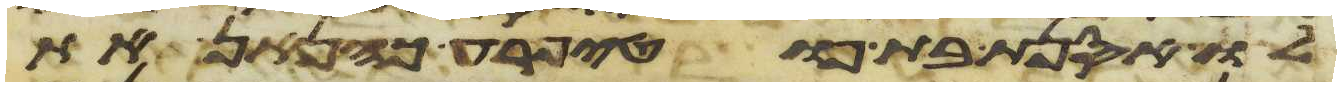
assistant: לו אסנת בת פוטיפרע כהנאן את